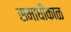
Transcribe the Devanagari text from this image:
समाधीकाळ